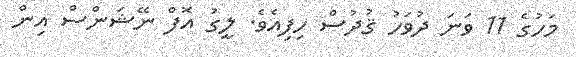
މަހުގެ 11 ވަނަ ދުވަހު ޤުދުސް ހިފިއެވެ. ލީގު އޮފް ނޭޝަންސް އިން